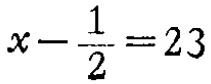
\(x - \frac{1}{2} = 23\)